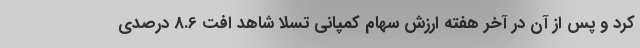
کرد و پس از آن در آخر هفته ارزش سهام کمپانی تسلا شاهد افت 8.6 درصدی